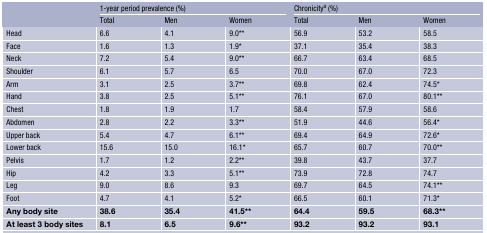
<table><thead><tr><td rowspan="2"></td><td colspan="3"><b>1-year period prevalence (%)</b></td><td colspan="3"><b>Chronicity<sup>a</sup> (%)</b></td></tr><tr><td><b>Total</b></td><td><b>Men</b></td><td><b>Women</b></td><td><b>Total</b></td><td><b>Men</b></td><td><b>Women</b></td></tr></thead><tbody><tr><td>Head</td><td>6.6</td><td>4.1</td><td>9.0**</td><td>56.9</td><td>53.2</td><td>58.5</td></tr><tr><td>Face</td><td>1.6</td><td>1.3</td><td>1.9*</td><td>37.1</td><td>35.4</td><td>38.3</td></tr><tr><td>Neck</td><td>7.2</td><td>5.4</td><td>9.0**</td><td>66.7</td><td>63.4</td><td>68.5</td></tr><tr><td>Shoulder</td><td>6.1</td><td>5.7</td><td>6.5</td><td>70.0</td><td>67.0</td><td>72.3</td></tr><tr><td>Arm</td><td>3.1</td><td>2.5</td><td>3.7**</td><td>69.8</td><td>62.4</td><td>74.5*</td></tr><tr><td>Hand</td><td>3.8</td><td>2.5</td><td>5.1**</td><td>76.1</td><td>67.0</td><td>80.1**</td></tr><tr><td>Chest</td><td>1.8</td><td>1.9</td><td>1.7</td><td>58.4</td><td>57.9</td><td>58.6</td></tr><tr><td>Abdomen</td><td>2.8</td><td>2.2</td><td>3.3**</td><td>51.9</td><td>44.6</td><td>56.4*</td></tr><tr><td>Upper back</td><td>5.4</td><td>4.7</td><td>6.1**</td><td>69.4</td><td>64.9</td><td>72.6*</td></tr><tr><td>Lower back</td><td>15.6</td><td>15.0</td><td>16.1*</td><td>65.7</td><td>60.7</td><td>70.0**</td></tr><tr><td>Pelvis</td><td>1.7</td><td>1.2</td><td>2.2**</td><td>39.8</td><td>43.7</td><td>37.7</td></tr><tr><td>Hip</td><td>4.2</td><td>3.3</td><td>5.1**</td><td>73.9</td><td>72.8</td><td>74.7</td></tr><tr><td>Leg</td><td>9.0</td><td>8.6</td><td>9.3</td><td>69.7</td><td>64.5</td><td>74.1**</td></tr><tr><td>Foot</td><td>4.7</td><td>4.1</td><td>5.2*</td><td>66.5</td><td>60.1</td><td>71.3*</td></tr><tr><td><b>Any body site</b></td><td><b>38.6</b></td><td><b>35.4</b></td><td><b>41.5**</b></td><td><b>64.4</b></td><td><b>59.5</b></td><td><b>68.3**</b></td></tr><tr><td><b>At least 3 body sites</b></td><td><b>8.1</b></td><td><b>6.5</b></td><td><b>9.6**</b></td><td><b>93.2</b></td><td><b>93.2</b></td><td><b>93.1</b></td></tr></tbody></table>